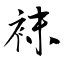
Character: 袜